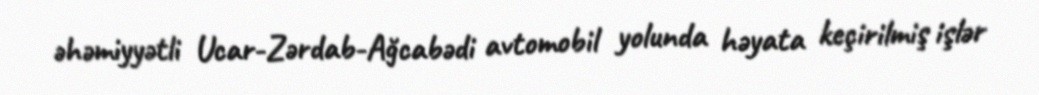
əhəmiyyətli Ucar-Zərdab-Ağcabədi avtomobil yolunda həyata keçirilmiş işlər